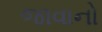
જાવાનો